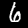
Label: 6